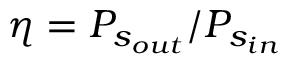
\eta = P _ { s _ { o u t } } / P _ { s _ { i n } }